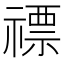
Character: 𥛦